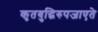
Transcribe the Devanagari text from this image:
कृतबुद्धिरुपजाएते